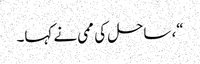
“، ساحل کی ممی نے کہا۔